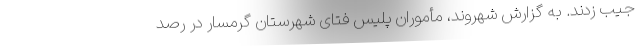
جیب زدند. به گزارش شهروند، مأموران پلیس فتای شهرستان گرمسار در رصد